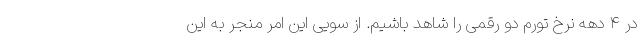
در ۴ دهه نرخ تورم دو رقمی را شاهد باشیم. از سویی این امر منجر به این